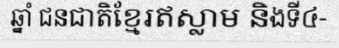
ឆ្នាំ ជនជាតិខ្មែរឥស្លាម និងទី៤-